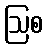
ဩစ